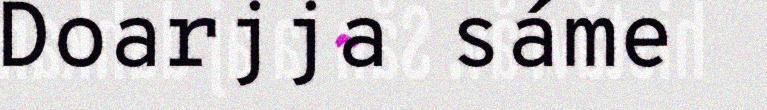
Doarjja sáme